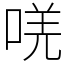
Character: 唴